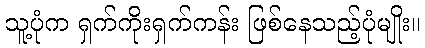
သူ့ပုံက ရှက်ကိုးရှက်ကန်း ဖြစ်နေသည့်ပုံမျိုး။